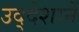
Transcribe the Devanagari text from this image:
उद्देशानें